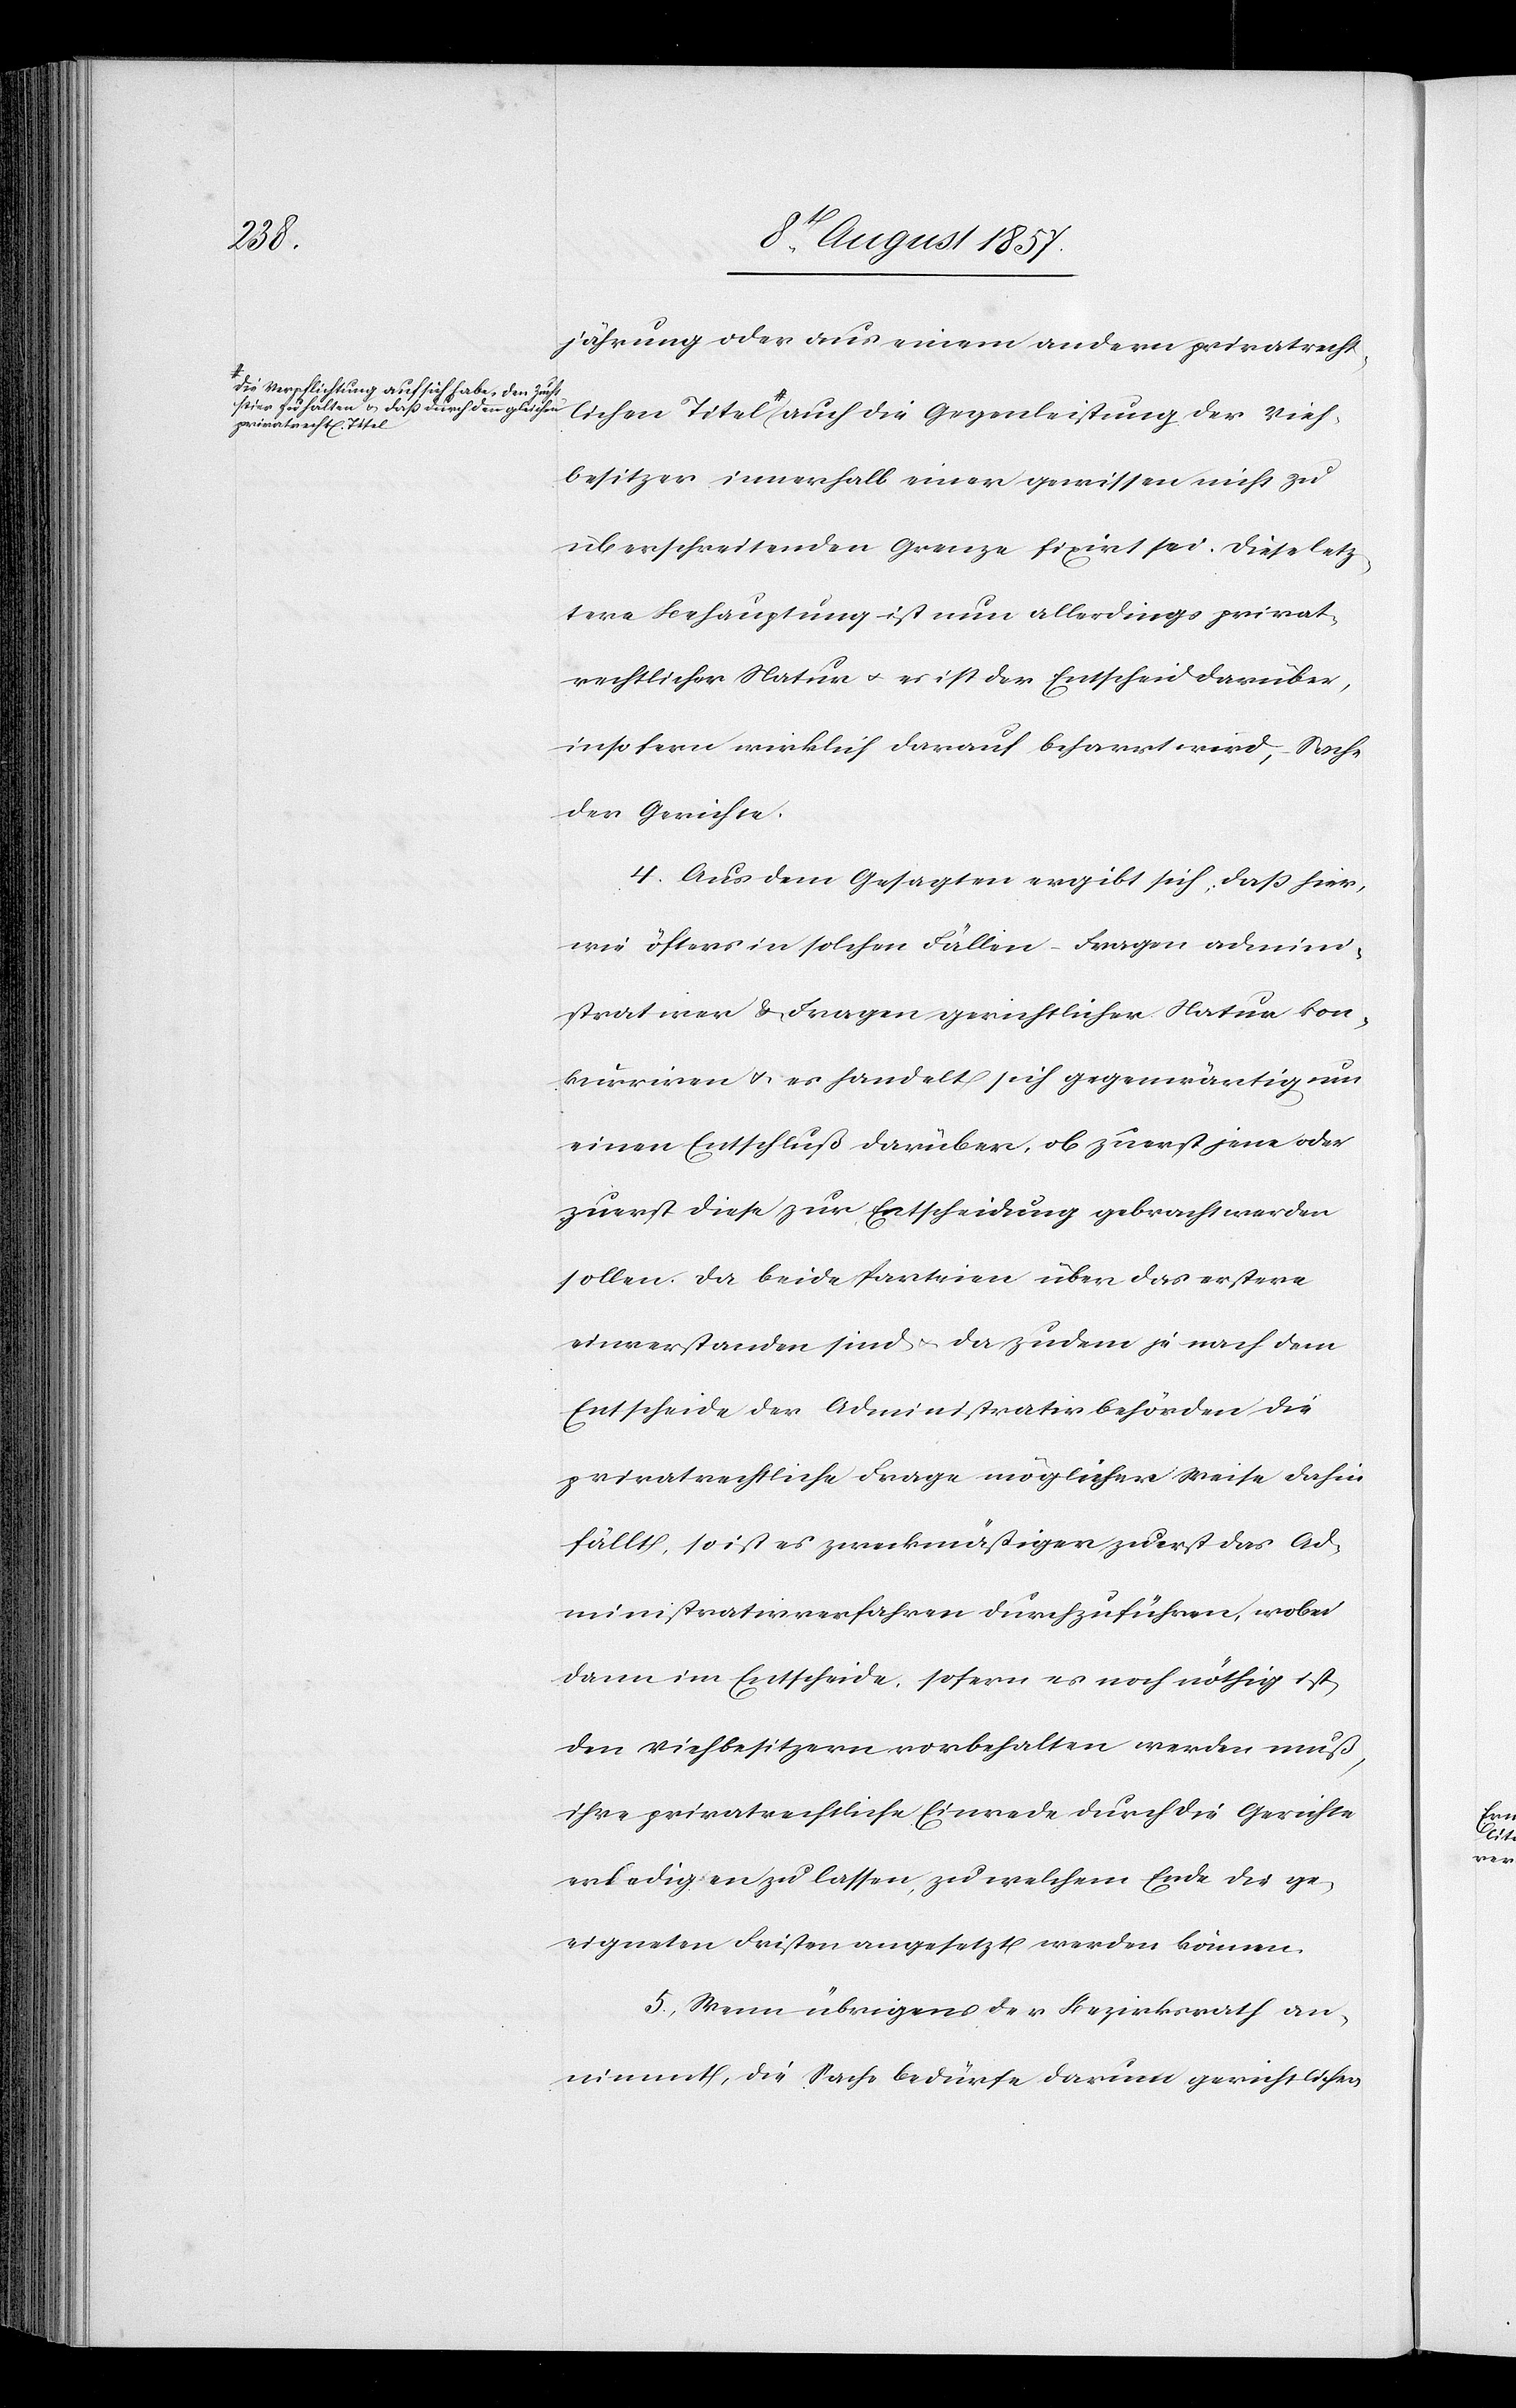
lichen
a-die Verpflichtung auf sich habe, den Zucht¬
stier zu halten & daß durch den gleichen
privatrecht¬

Jährung oder aus einem andern privatrecht¬
l[ichen] Titel-a auch die Gegenleistung der Vieh¬
besitzer innerhalb einer gewissen nicht zu
überschreitenden Grenze fixirt sei. Diese letz¬
tere Behauptung ist nun allerdings privat¬
rechtlicher Natur & es ist der Entscheid darüber,
insofern wirklich darauf beharrt wird, Sache
der Gerichte.
4. Aus dem Gesagten ergibt sich, daß hier¬
in öfters in solchen Fällen – Fragen admini¬
strativer & Fragen gerichtlicher Natur kon¬
kurriren & es handelt sich gegenwärtig um
einen Entschluß darüber, ob zuerst jene oder
zuerst diese zur Entscheidung gebracht werden
5. Wenn übrigens der Bezirksrath an¬
nimmt, die Sache bedürfe darum gerichtlichen